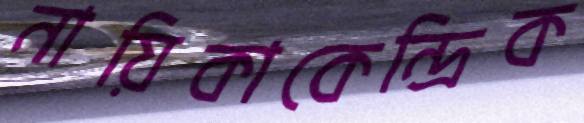
নায়িকাকেন্দ্রিক